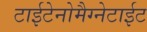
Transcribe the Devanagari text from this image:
टाईटेनोमैग्नेटाईट